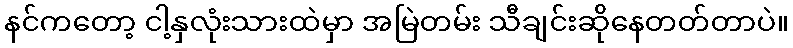
နင်ကတော့ ငါ့နှလုံးသားထဲမှာ အမြဲတမ်း သီချင်းဆိုနေတတ်တာပဲ။